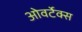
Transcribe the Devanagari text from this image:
ओवर्टेक्स